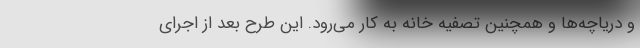
و دریاچه‌ها و همچنین تصفیه خانه به کار می‌رود. این طرح بعد از اجرای